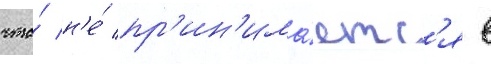
что́ н'е́ пр'ин'има́етс'я в